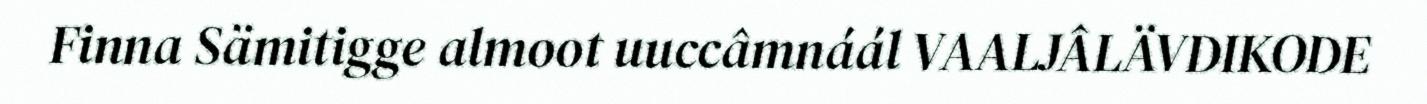
Finna Sämitigge almoot uuccâmnáál VAALJÂLÄVDIKODE